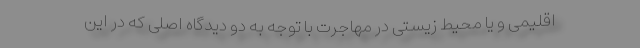
اقلیمی و یا محیط زیستی در مهاجرت با توجه به دو دیدگاه اصلی که در این